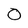
Character: 0